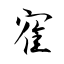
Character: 寉